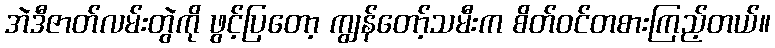
အဲဒီဇာတ်လမ်းတွဲကို ဖွင့်ပြတော့ ကျွန်တော့်သမီးက စိတ်ဝင်တစားကြည့်တယ်။